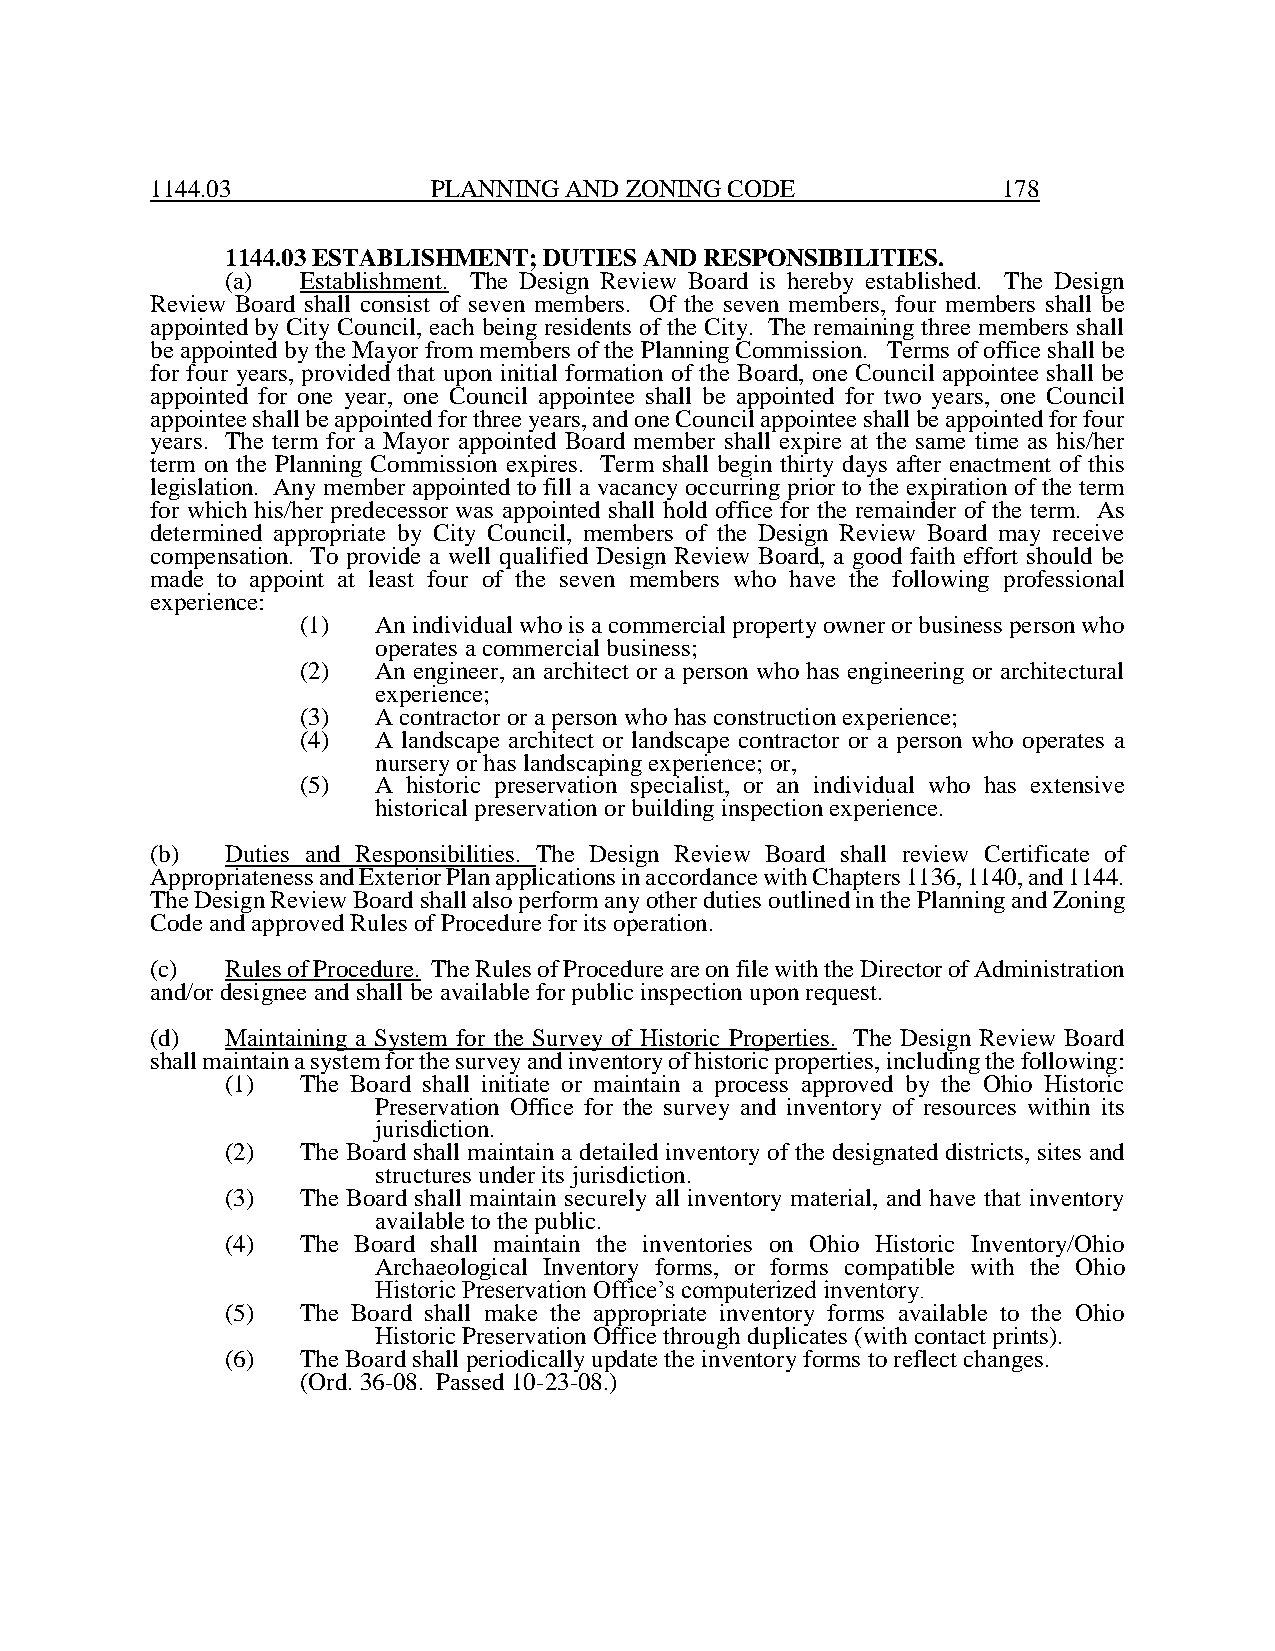
1144.03            PLANNING AND ZONING CODE             178
 1144.03 ESTABLISHMENT; DUTIES AND RESPONSIBILITIES.
 (a)  Establishment. The Design Review Board is hereby established. The Design
 Review Board shall consist of seven members. Of the seven members, four members shall be
 appointed by City Council, each being residents of the City. The remaining three members shall
 be appointed by the Mayor from members of the Planning Commission. Terms of office shall be
 for four years, provided that upon initial formation of the Board, one Council appointee shall be
 appointed for one year, one Council appointee shall be appointed for two years, one Council
 appointee shall be appointed for three years, and one Council appointee shall be appointed for four
 years. The term for a Mayor appointed Board member shall expire at the same time as his/her
 term on the Planning Commission expires. Term shall begin thirty days after enactment of this
 legislation. Any member appointed to fill a vacancy occurring prior to the expiration of the term
 for which his/her predecessor was appointed shall hold office for the remainder of the term. As
 determined appropriate by City Council, members of the Design Review Board may receive
 compensation. To provide a well qualified Design Review Board, a good faith effort should be
 made to appoint at least four of the seven members who have the following professional
 experience:
 (1)  An individual who is a commercial property owner or business person who
 operates a commercial business;
 (2)  An engineer, an architect or a person who has engineering or architectural
 experience;
 (3)  A contractor or a person who has construction experience;
 (4)  A landscape architect or landscape contractor or a person who operates a
 nursery or has landscaping experience; or,
 (5)  A historic preservation specialist, or an individual who has extensive
 historical preservation or building inspection experience.
 (b)  Duties and Responsibilities. The Design Review Board shall review Certificate of
 Appropriateness and Exterior Plan applications in accordance with Chapters 1136, 1140, and 1144.
 The Design Review Board shall also perform any other duties outlined in the Planning and Zoning
 Code and approved Rules of Procedure for its operation.
 (c)  Rules of Procedure. The Rules of Procedure are on file with the Director of Administration
 and/or designee and shall be available for public inspection upon request.
 (d)  Maintaining a System for the Survey of Historic Properties. The Design Review Board
 shall maintain a system for the survey and inventory of historic properties, including the following:
 (1)  The Board shall initiate or maintain a process approved by the Ohio Historic
 Preservation Office for the survey and inventory of resources within its
 jurisdiction.
 (2)  The Board shall maintain a detailed inventory of the designated districts, sites and
 structures under its jurisdiction.
 (3)  The Board shall maintain securely all inventory material, and have that inventory
 available to the public.
 (4)  The Board shall maintain the inventories on Ohio Historic Inventory/Ohio
 Archaeological Inventory forms, or forms compatible with the Ohio
 Historic Preservation Office’s computerized inventory.
 (5)  The Board shall make the appropriate inventory forms available to the Ohio
 Historic Preservation Office through duplicates (with contact prints).
 (6)  The Board shall periodically update the inventory forms to reflect changes.
 (Ord. 36-08. Passed 10-23-08.)